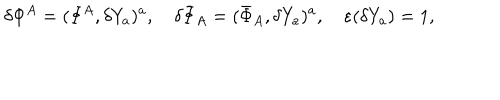
LaTeX: \delta \Phi ^ { A } = ( \Phi ^ { A } , \delta Y _ { a } ) ^ { a } , \quad \delta \bar { \Phi } _ { A } = ( \bar { \Phi } _ { A } , \delta Y _ { a } ) ^ { a } , \quad \varepsilon ( \delta Y _ { a } ) = 1 ,